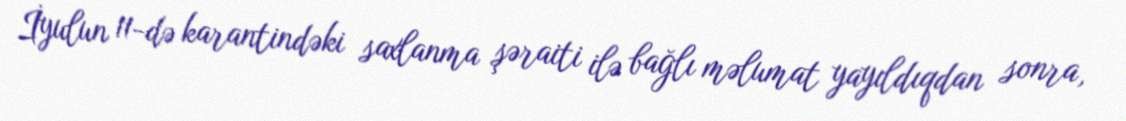
İyulun 11-də karantindəki saxlanma şəraiti ilə bağlı məlumat yayıldıqdan sonra,